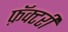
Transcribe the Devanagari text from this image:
फ़ॅक्टरी